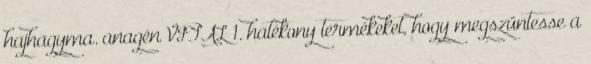
hajhagyma. anagén VITAL 1. hatékony termékeket, hogy megszüntesse a